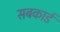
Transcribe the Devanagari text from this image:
सबकार्ड